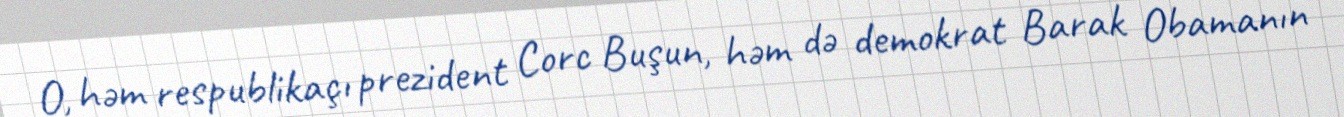
O, həm respublikaçı prezident Corc Buşun, həm də demokrat Barak Obamanın